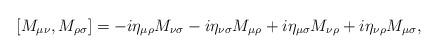
LaTeX: \begin{align*}\protect[M_{\mu\nu}, M_{\rho\sigma}] = -i\eta_{\mu\rho}M_{\nu\sigma} - i\eta_{\nu\sigma}M_{\mu\rho} + i\eta_{\mu\sigma}M_{\nu\rho} + i\eta_{\nu\rho}M_{\mu\sigma},\end{align*}